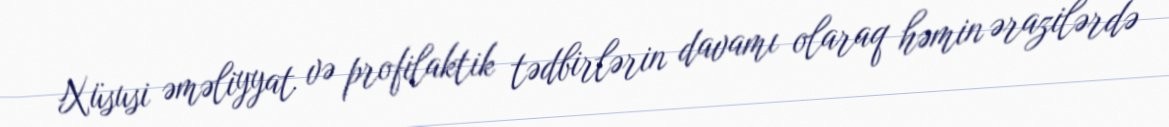
Xüsusi əməliyyat və profilaktik tədbirlərin davamı olaraq həmin ərazilərdə